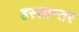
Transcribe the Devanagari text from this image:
हस्तान्तर